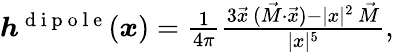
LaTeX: \begin{array}{r}{\boldsymbol{h}^{\mathrm{~d~i~p~o~l~e~}}(\boldsymbol{x})=\frac{1}{4\pi}\frac{3\vec{x}\, (\vec{M}\cdot\vec{x})-\vert x\vert^{2}\, \vec{M}}{\vert x\vert^{5}},}\end{array}